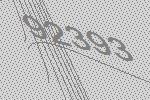
92393